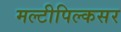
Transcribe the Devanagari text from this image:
मल्टीपिल्कसर